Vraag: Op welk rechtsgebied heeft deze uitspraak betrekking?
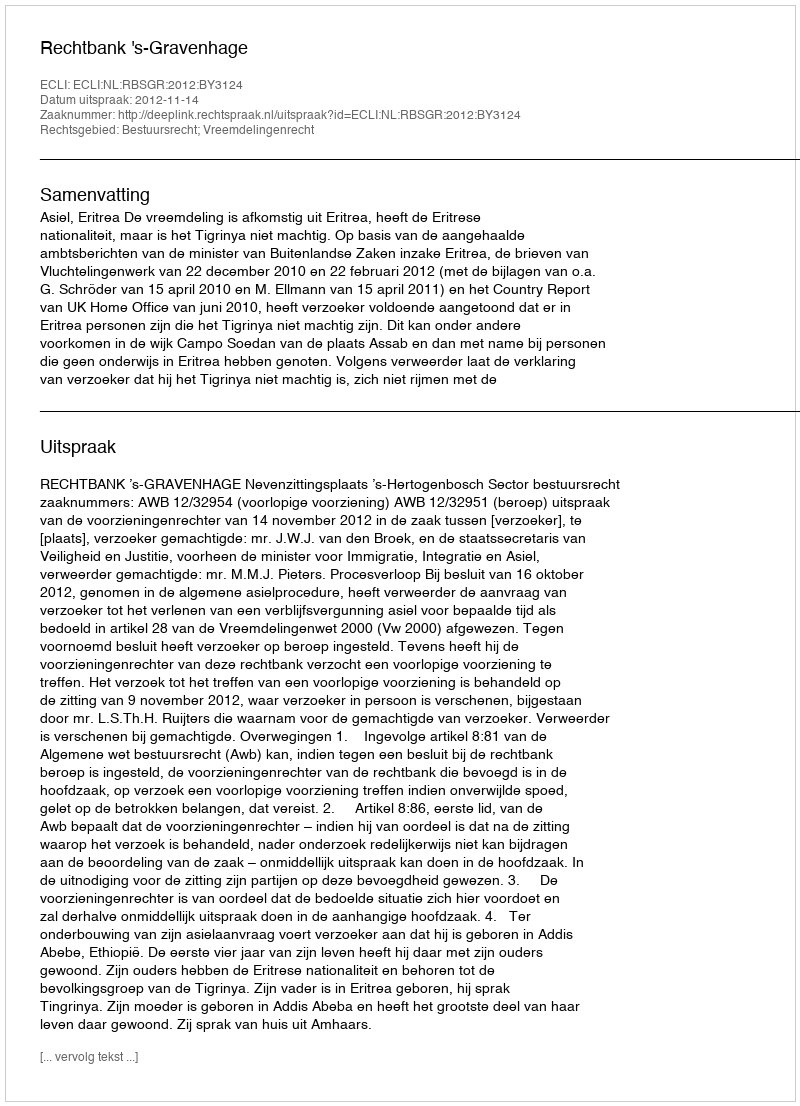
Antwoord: Bestuursrecht; Vreemdelingenrecht